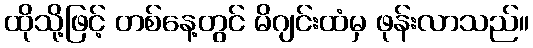
ထိုသို့ဖြင့် တစ်နေ့တွင် မိဂျင်းထံမှ ဖုန်းလာသည်။